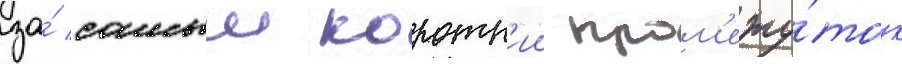
за́ самыи коротк'ии пром'ежу́ток